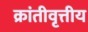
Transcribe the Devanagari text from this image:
क्रांतीवृत्तीय